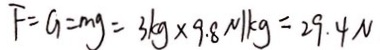
F = G = m g = 3 k g \times 9 . 8 N / k g = 2 9 . 4 N